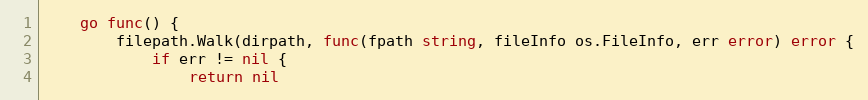
Language: Go
	go func() {
		filepath.Walk(dirpath, func(fpath string, fileInfo os.FileInfo, err error) error {
			if err != nil {
				return nil